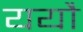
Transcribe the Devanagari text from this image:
ययौ